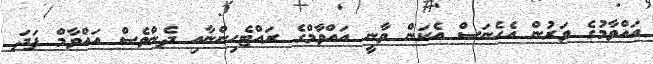
އައްވާމުގެ ވަރުން އެހެނަސް އެކަން ވާނީ އައްވާމްގެ ރައްޓެހިންނާއި ދެންވެސް އައްވާމް ފަދަ